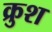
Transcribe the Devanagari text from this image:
क्रुश